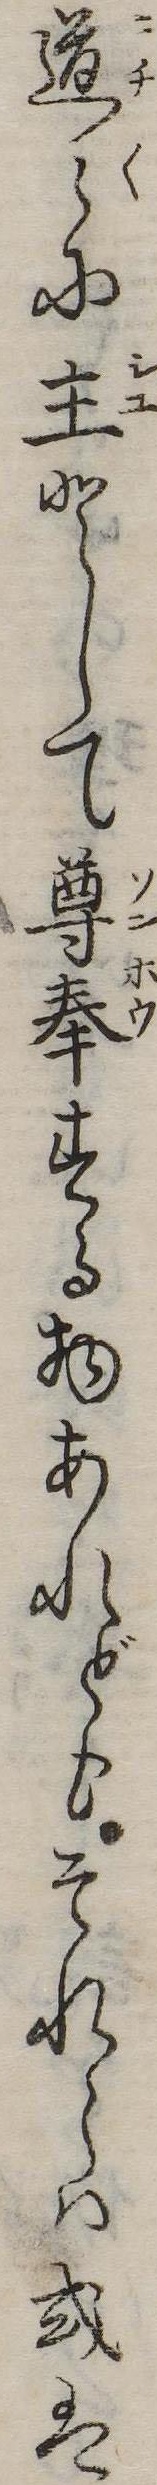
道に主として尊奉する物あれどもそれらは或は